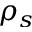
\rho _ { s }